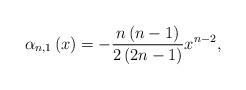
LaTeX: \begin{align*}\alpha_{n,1}\left( x\right) =-\frac{n\left( n-1\right) }{2\left(2n-1\right) }x^{n-2}, \end{align*}